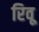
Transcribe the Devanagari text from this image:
रिवू